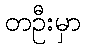
တဦးမှာ